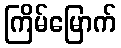
ကြိမ်မြောက်